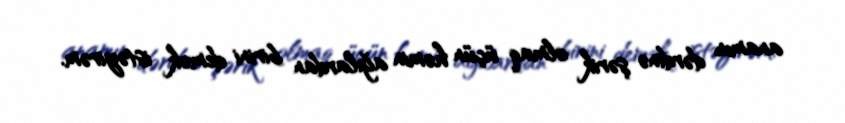
anamın dərdinə şərik olmaq üçün həmin ağılardan birini demək istəyirəm.